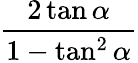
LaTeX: \frac{2\tan\alpha}{1-\tan^{2}\alpha}